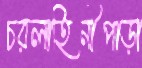
চরলাহিনীপাড়া